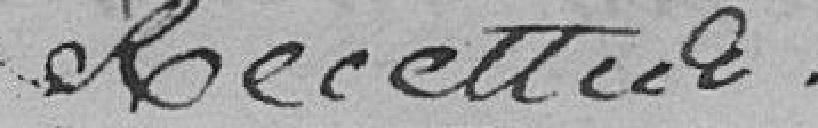
Recettes